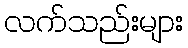
လက်သည်းများ